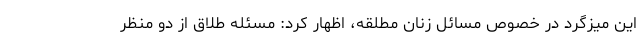
این میزگرد در خصوص مسائل زنان مطلقه، اظهار کرد: مسئله طلاق از دو منظر